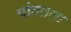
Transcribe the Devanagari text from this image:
यांततला